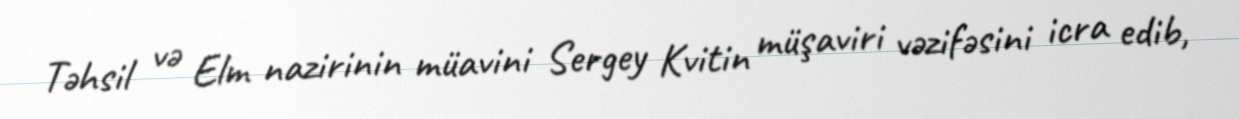
Təhsil və Elm nazirinin müavini Sergey Kvitin müşaviri vəzifəsini icra edib,